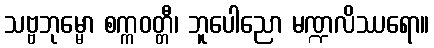
သဗ္ဗဘုမ္မော စက္ကဝတ္တီ၊ ဘူပေါညော မဏ္ဍလိဿရော။